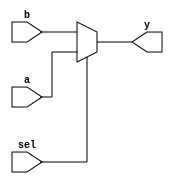
module mux(y, a, b, sel);
	output[63:0] y;
	input[63:0] a, b;
	input sel;
	reg[63:0] y;
	always@(sel or a or b)
		y = sel ? a : b;
endmodule